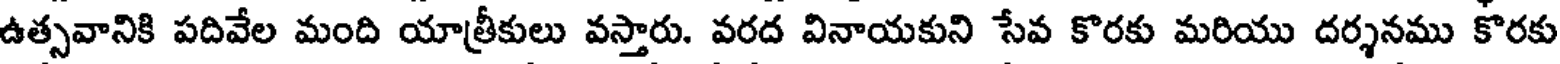
ఉత్సవానికి పదివేల మంది యాత్రీకులు వస్తారు. వరద వినాయకుని సేవ కొరకు మరియు దర్శనము కొరకు